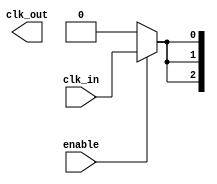
module ClockTreeBuffer (
    input wire clk_in,      // Input clock signal
    input wire enable,      // Enable signal for power management
    output wire [N-1:0] clk_out // Output clock signals to destinations
);

parameter N = 4; // Number of output drivers
parameter STAGE_COUNT = 3; // Number of buffer stages

// Intermediate clock signals
wire [STAGE_COUNT-1:0] clk_stage [0:N-1];

// Buffer stage implementation
generate
    genvar i, j;
    for (j = 0; j < N; j = j + 1) begin: output_driver
        // First stage buffer
        assign clk_stage[0][j] = enable ? clk_in : 1'b0;

        for (i = 1; i < STAGE_COUNT; i = i + 1) begin: buffer_stages
            // Simplified buffer implementation (can be replaced with actual buffer gates)
            assign clk_stage[i][j] = clk_stage[i-1][j];
        end

        // Final output driver
        assign clk_out[j] = clk_stage[STAGE_COUNT-1][j];
    end
endgenerate

endmodule